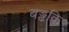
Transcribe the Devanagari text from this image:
बड्ढकि